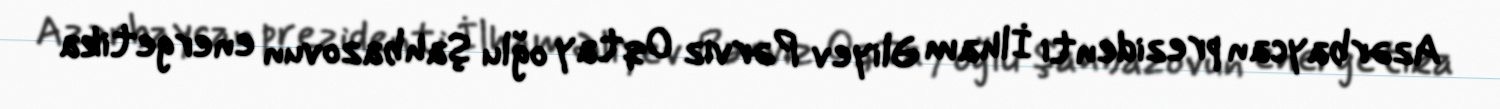
Azərbaycan prezidenti İlham Əliyev Pərviz Oqtay oğlu Şahbazovun energetika